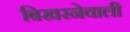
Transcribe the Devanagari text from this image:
बिखरनेवाली